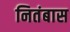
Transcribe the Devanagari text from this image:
नितंबास